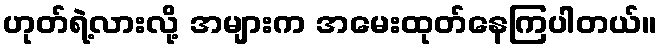
ဟုတ်ရဲ့လားလို့ အများက အမေးထုတ်နေကြပါတယ်။